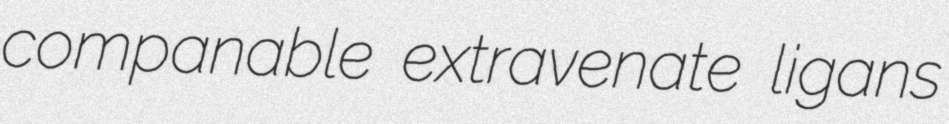
companable extravenate ligans